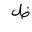
Letter: _za